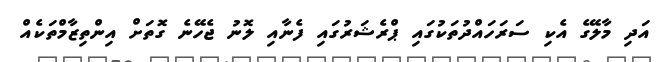
އަދި މާލޭގެ އެކި ސަރަހައްދުތަކުގައި ޕްރެޝަރުގައި ފެނާއި ލޮނު ޖެހޭނެ ގޮތަށް އިންތިޒާމްތަކެއް